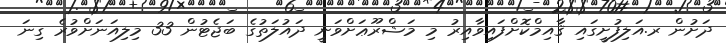
ދަށުން ރ.އަލިފުށީގައި ޤާއިމްކޮށްފައިވާއިރު މި މަޝްރޫޢަށްވަނީ ދައުލަތުގެ ބަޖެޓުން 33 މިލިއަނަށްވުރެ ގިނަ